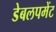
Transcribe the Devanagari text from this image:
डेबलपमेंट